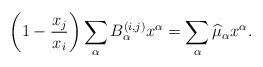
LaTeX: \begin{gather*}\left( 1-\frac{x_{j}}{x_{i}}\right) \sum_{\alpha}B_{\alpha}^{(i,j) }x^{\alpha}=\sum_{\alpha}\widehat{\mu}_{\alpha}x^{\alpha}.\end{gather*}